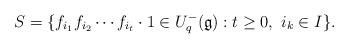
LaTeX: \begin{align*}S= \{ f_{i_1} f_{i_2} \cdots f_{i_t} \cdot 1 \in U_q^-(\mathfrak{g}) : t\ge 0, \ i_k \in I \}.\end{align*}